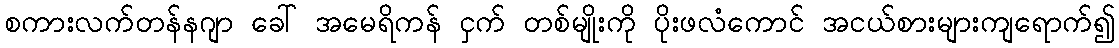
စကားလက်တန်နဂျာ ခေါ် အမေရိကန် ငှက် တစ်မျိုးကို ပိုးဖလံကောင် အငယ်စားများကျရောက်၍